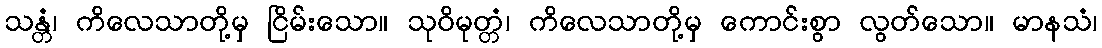
သန္တံ၊ ကိလေသာတို့မှ ငြိမ်းသော။ သုဝိမုတ္တံ၊ ကိလေသာတို့မှ ကောင်းစွာ လွတ်သော။ မာနသံ၊